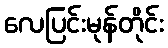
လေပြင်းမုန်တိုင်း